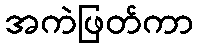
အကဲဖြတ်ကာ